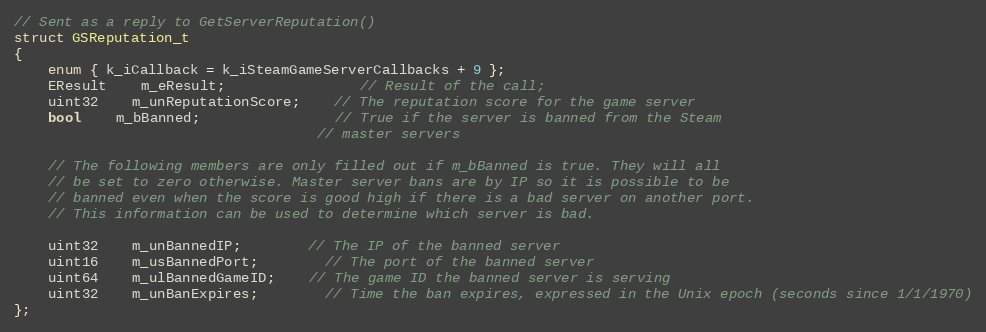
Language: C
// Sent as a reply to GetServerReputation()
struct GSReputation_t
{
	enum { k_iCallback = k_iSteamGameServerCallbacks + 9 };
	EResult	m_eResult;				// Result of the call;
	uint32	m_unReputationScore;	// The reputation score for the game server
	bool	m_bBanned;				// True if the server is banned from the Steam
									// master servers

	// The following members are only filled out if m_bBanned is true. They will all
	// be set to zero otherwise. Master server bans are by IP so it is possible to be
	// banned even when the score is good high if there is a bad server on another port.
	// This information can be used to determine which server is bad.

	uint32	m_unBannedIP;		// The IP of the banned server
	uint16	m_usBannedPort;		// The port of the banned server
	uint64	m_ulBannedGameID;	// The game ID the banned server is serving
	uint32	m_unBanExpires;		// Time the ban expires, expressed in the Unix epoch (seconds since 1/1/1970)
};